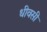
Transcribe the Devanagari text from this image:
धीवसी